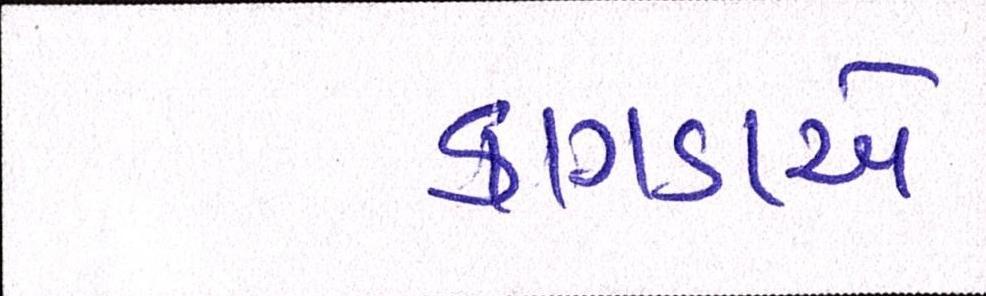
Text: કાગડાએ